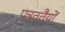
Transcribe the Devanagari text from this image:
पत्रततैयों